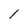
Character: 1